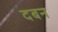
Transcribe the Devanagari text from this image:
दबन